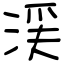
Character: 渓